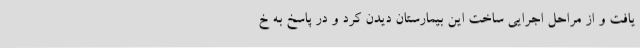
یافت و از مراحل اجرایی ساخت این بیمارستان دیدن کرد و در پاسخ به خ